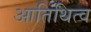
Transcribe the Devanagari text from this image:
आतिथित्व